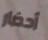
أحضار